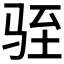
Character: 𫘠